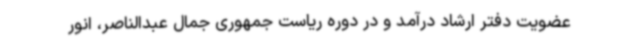
عضویت دفتر ارشاد درآمد و در دوره ریاست جمهوری جمال عبدالناصر، انور